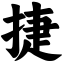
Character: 捷